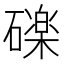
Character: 䃯